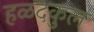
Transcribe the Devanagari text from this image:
हळदकुल